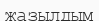
жазылдым